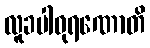
လူခပါဝုရဏောတိ